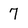
Character: 7